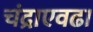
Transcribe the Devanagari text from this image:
चंद्राएवढा